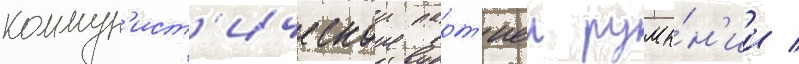
коммун'ист'ическои парт'иеи румы́н'ии /